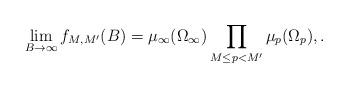
LaTeX: \begin{align*} \lim_{B \to \infty} f_{M,M'}(B) = \mu_\infty (\Omega_\infty)\prod_{M\leq p < M'} \mu_p(\Omega_p), .\end{align*}